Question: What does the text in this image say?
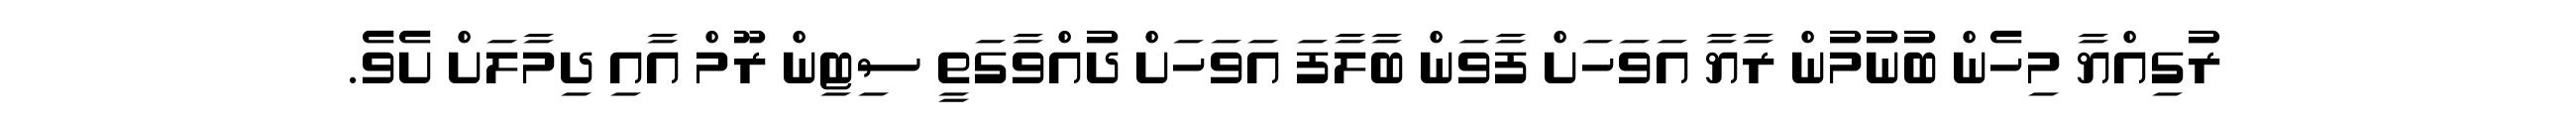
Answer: ރުގިއްޔާ މިހެން ބުނުމުން ރާޔާ އަވަހަށް ފާވަން ބާލާފަ އަވަހަށް ދުއްވާގަތީ ސިޓިން ރޫމް އާއި ދިމާލަށް ށެވެ.